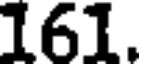
161.